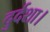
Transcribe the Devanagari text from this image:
दुर्दशा।